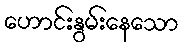
ဟောင်းနွမ်းနေသော